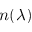
n ( \lambda )